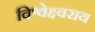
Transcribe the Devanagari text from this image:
विश्वेक्ष्वराय